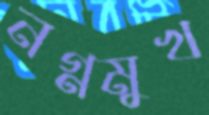
নগ্নমুখ